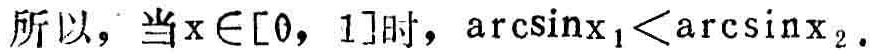
所以，当\(x\in[0,1]\)时，\(\arcsin x_{1}<\arcsin x_{2}\)。